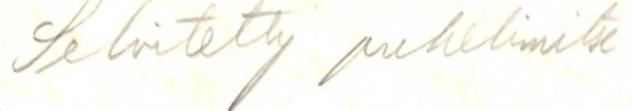
Selvitetty puhelimitse